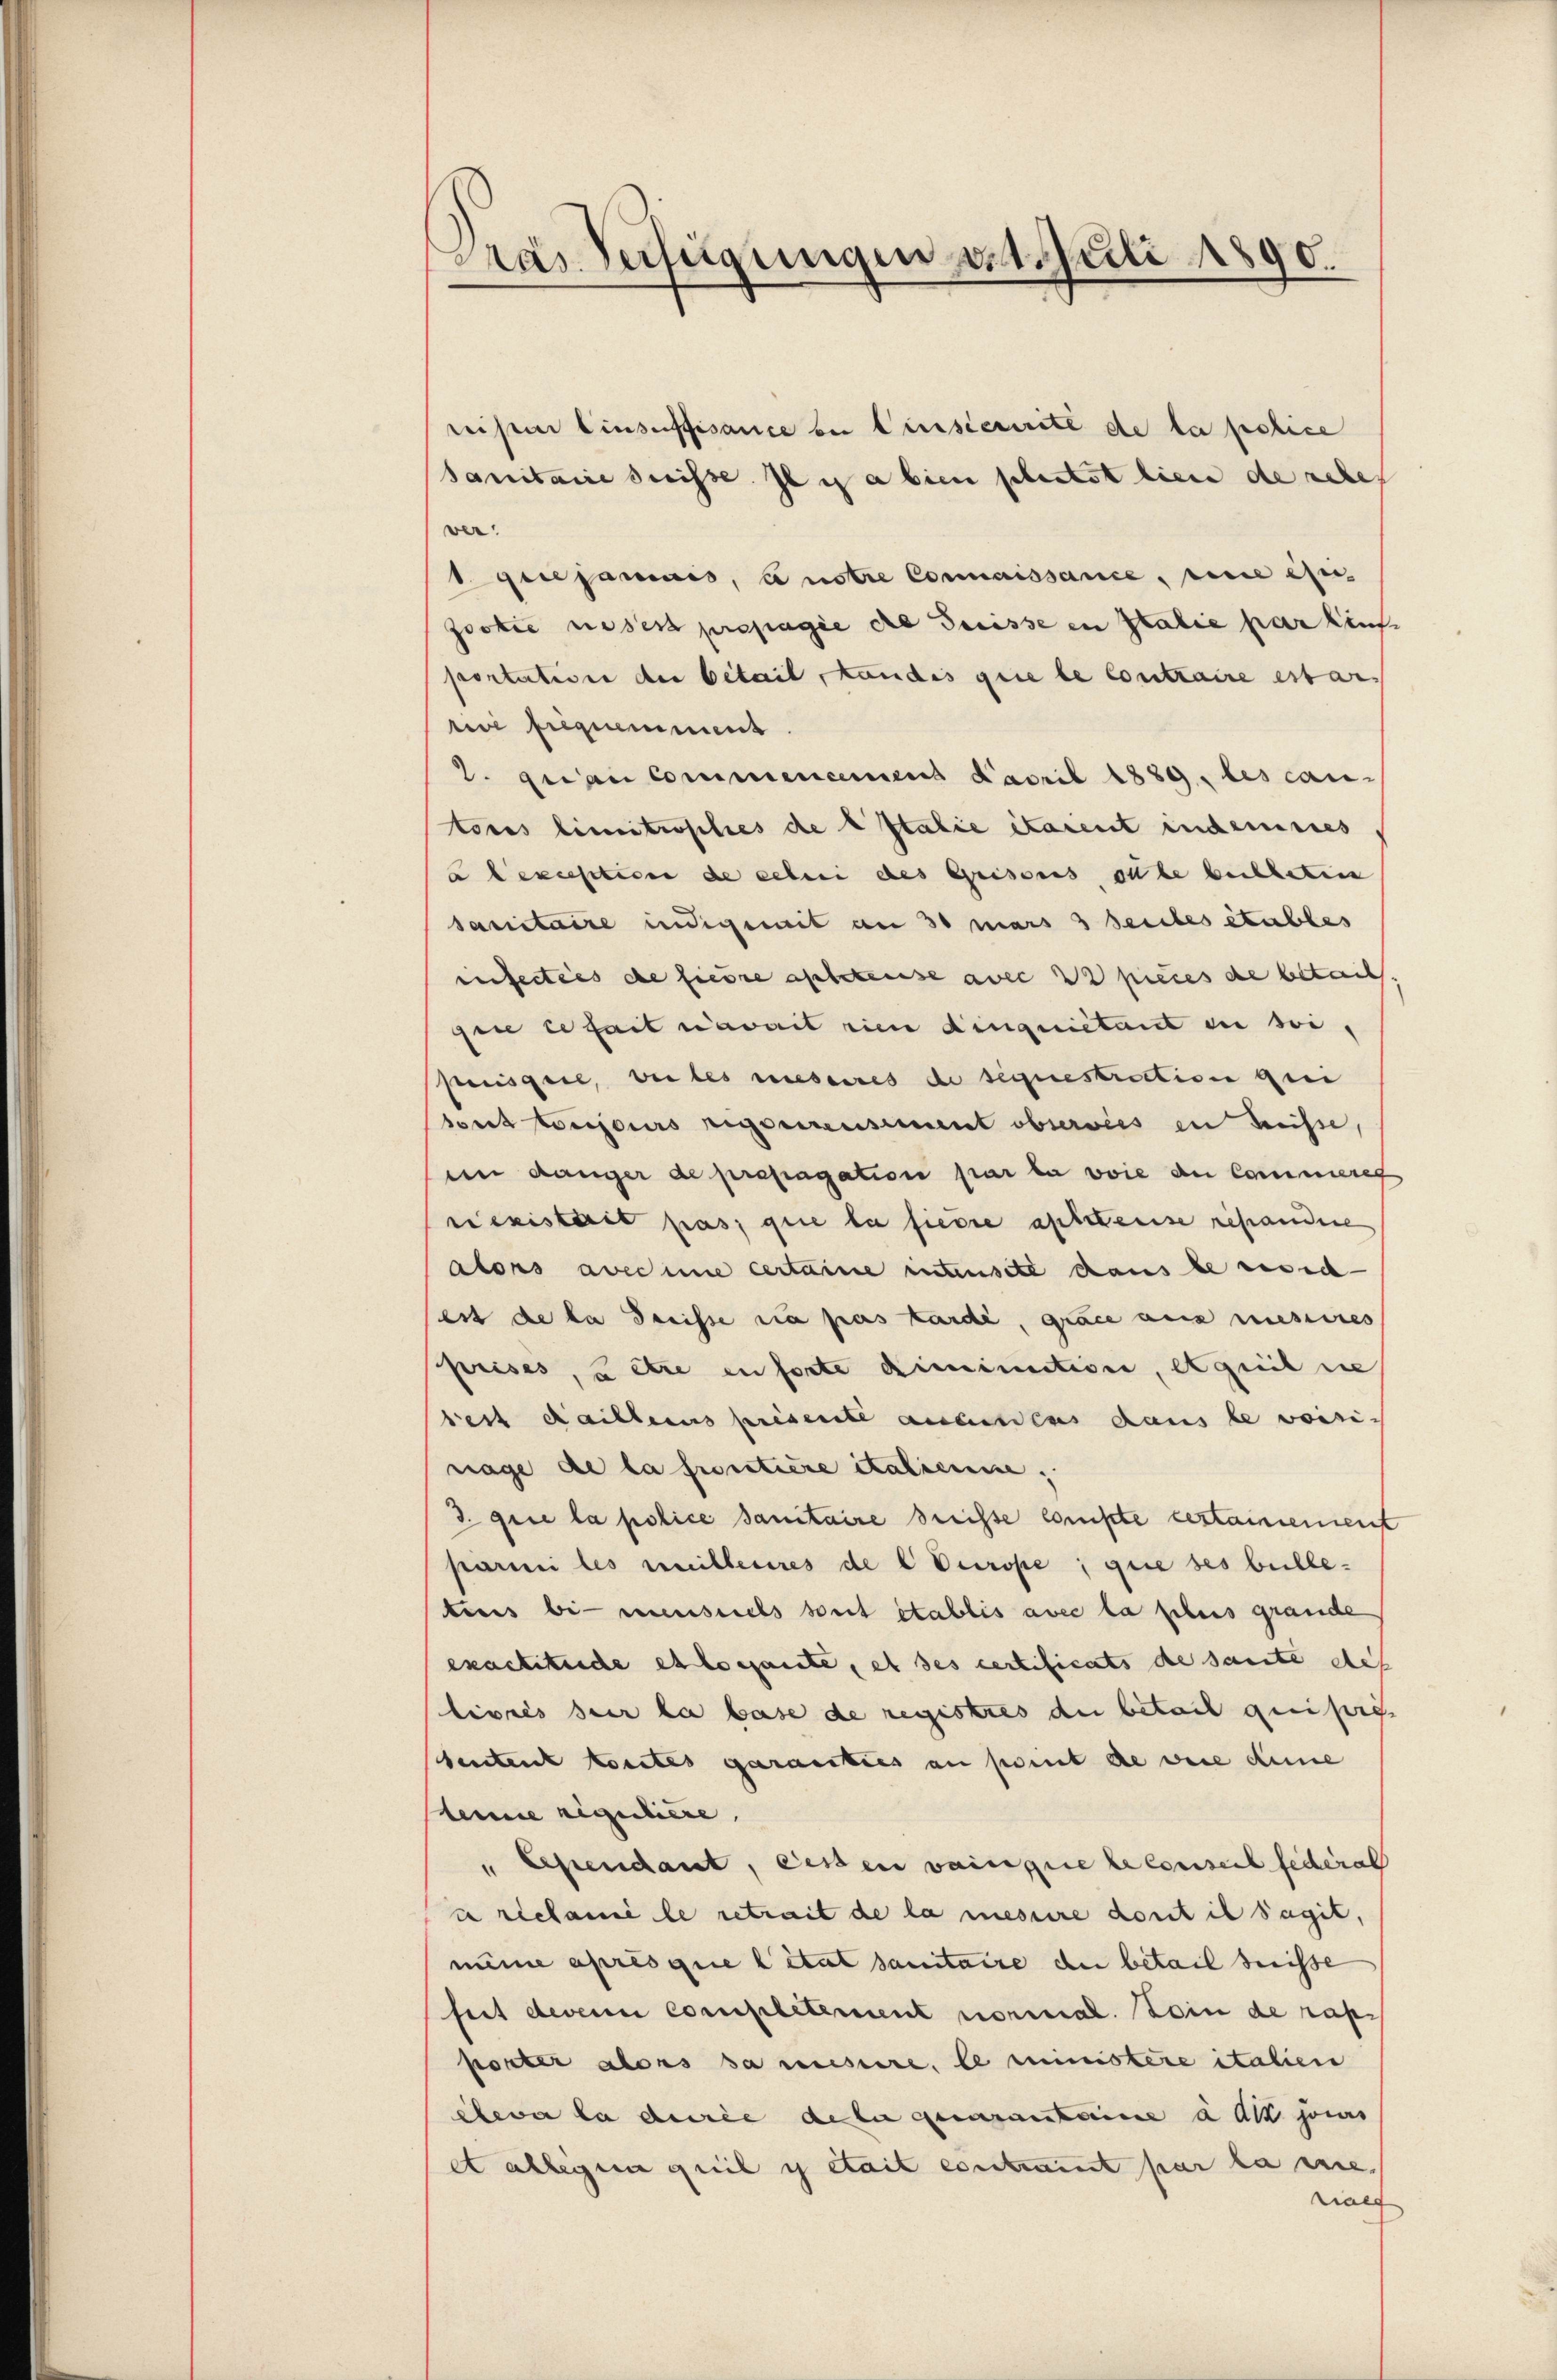
Pras Verfügungen d. 1. Juli 1890.

rister Einsuffisance bei Cisiererité de la police
sanitaire suisse il y a bien plastet lieu de schen
ver
gejamais, ce notre Connaissance, eine eheis
Jootie neses propagie die Suisse in Italie par Zins-
portation der bétail, kandis que le Contraire estar
ee frequement
2. gean Commencemens Favril 1889, les cantores limitrophes de t Italie itarent indemnes
a exception de leben des Greissens olde betheten
sanitaire indigemit an 30 mars 3 Seites étables
infectées de siede aptetense avec 22 pieces de beteil
giue ce fait avait rien dinguiitant in sei,
preisgere, bei les messeres de sequestriction qui
sont toujours eigenensement oberwies in Kreisse,
m Länger de propagation par la voie an Cammeres
nexistait pas, que la fiebre aphense repandere
alors avecime certaine intensite dans bereich
sest de la dreisse sa pas tardi, grace aus messeres
prises, u être en ferte diminution, etweil sie
test dailleins presente ansiedens dans le voisinage de la frontiere italienne,
3 quie la police sanitaire dreisse compte gestainement
parmi les milleures de l Europe, que ses beilletiers bei menstels seit établis avec la plus grande
exactitiiche es kompante, et des certificats de samte des
livrés sur la base de registres der betail qui pres
sbeutent konntes garanties an point die were dene
teine reguliere,
" Cependant, eisen vainque le conseit feceral
a réclami le retrait de la messere dont il sagit,
neine après que l’état sanitaire der betail heisse
feit devenu completement normal. Sein de rap
porter alors sa mistire, le ministere italien
elevar da die de la genanstaine das jours
etälligen geil ich stait contraint par la eine
raef